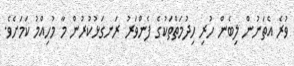
ވުރެ އެތަނުން ލިބެން ހުރި ހިދުމަތްތަކުގެ ފެންވަރު ރަނގަޅުކުރުން މާ މުހިއްމު ކަމަށެވެ.